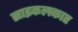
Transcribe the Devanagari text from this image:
साइकलकार